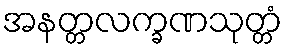
အနတ္တလက္ခဏသုတ္တံ